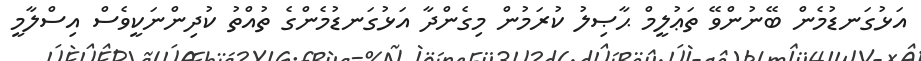
އަޅުގަނޑުމެން ބޭނުންވޭ ތަޢުލީމް ޙާޞިލު ކުރަމުން މިގެންދާ އަޅުގަނޑުމެންގެ ތުއްތު ކުދިންނަކީވެސް އިސްލާމީ